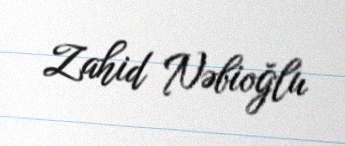
Zahid Nəbioğlu